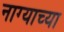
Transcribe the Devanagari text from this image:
नाग्याच्या